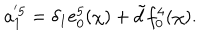
a _ { 1 } ^ { ' 5 } = \delta _ { 1 } e _ { 0 } ^ { 5 } ( \chi ) + \tilde { d } f _ { 0 } ^ { 4 } ( \chi ) .